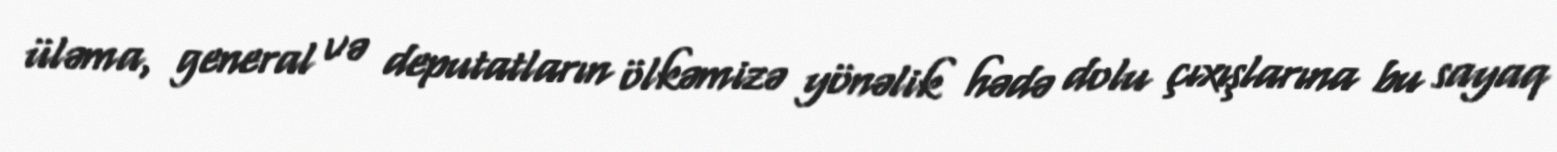
üləma, general və deputatların ölkəmizə yönəlik hədə dolu çıxışlarına bu sayaq